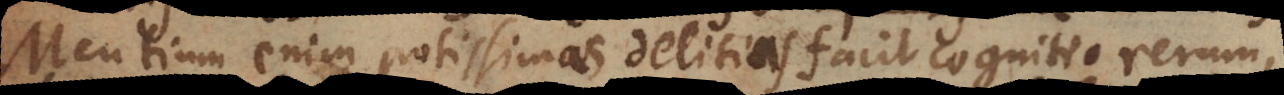
Mentium enim potissimas delitias facit cognitio rerum,